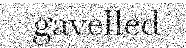
gavelled